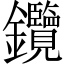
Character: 𨰲